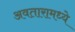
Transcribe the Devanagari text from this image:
अवतारामध्ये